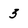
Character: 3